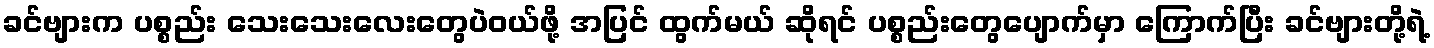
ခင်ဗျားက ပစ္စည်း သေးသေးလေးတွေပဲဝယ်ဖို့ အပြင် ထွက်မယ် ဆိုရင် ပစ္စည်းတွေပျောက်မှာ ကြောက်ပြီး ခင်ဗျားတို့ရဲ့